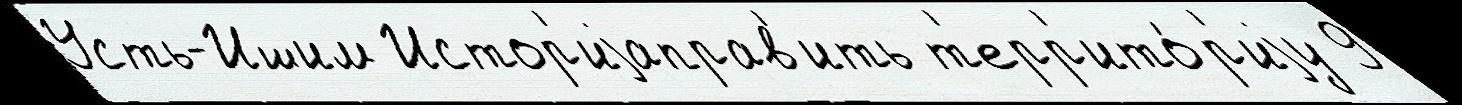
Усть-Ишим Истор'иjаправ'ить т'ерр'ито́р'иjу 9